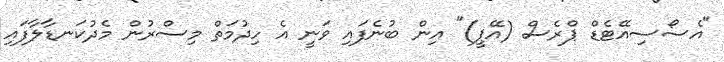
"އެސޯސިއޭޓެޑް ޕްރެސް (އޭޕީ)" އިން ބުނެފައި ވަނީ އެ ހިދުމަތް މިސްރުން މެދުކަނޑާލާފައި